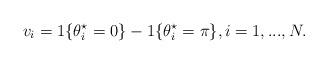
LaTeX: \begin{align*} v_i = 1\{\theta_i^\star=0\} - 1\{\theta_i^\star = \pi \}, i=1,...,N.\end{align*}